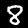
Label: 8